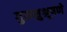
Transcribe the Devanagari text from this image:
गुरुशुश्रूषणे